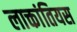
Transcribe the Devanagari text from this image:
लाक्तांतियस